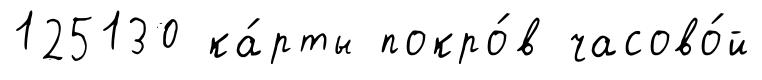
125130 ка́рты покро́в часово́й